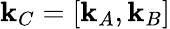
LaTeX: \mathbf{k}_{C}=[\mathbf{k}_{A},\mathbf{k}_{B}]